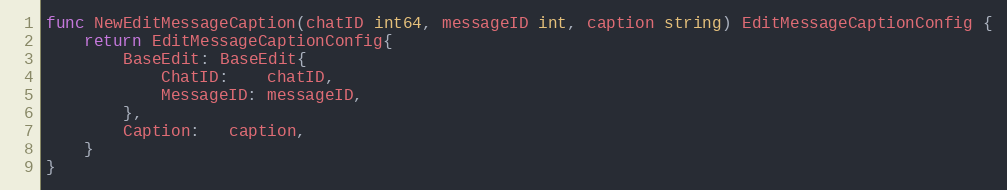
Language: Go
func NewEditMessageCaption(chatID int64, messageID int, caption string) EditMessageCaptionConfig {
	return EditMessageCaptionConfig{
		BaseEdit: BaseEdit{
			ChatID:    chatID,
			MessageID: messageID,
		},
		Caption:   caption,
	}
}